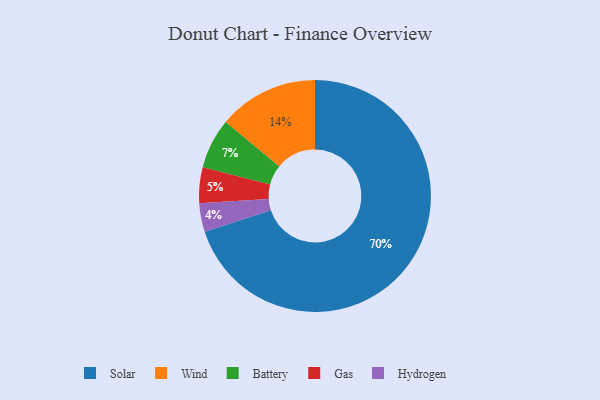
{"axis": {"x": "Category", "y": "Percentage"}, "legend": ["Battery", "Gas", "Hydrogen", "Solar", "Wind"], "data": [{"x": "Solar", "y": 70, "type": "Solar"}, {"x": "Wind", "y": 14, "type": "Wind"}, {"x": "Hydrogen", "y": 4, "type": "Hydrogen"}, {"x": "Gas", "y": 5, "type": "Gas"}, {"x": "Battery", "y": 7, "type": "Battery"}]}